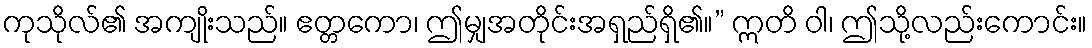
ကုသိုလ်၏ အကျိုးသည်။ ဧတ္တကော၊ ဤမျှအတိုင်းအရှည်ရှိ၏။” ဣတိ ဝါ၊ ဤသို့လည်းကောင်း။